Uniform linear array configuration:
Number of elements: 32
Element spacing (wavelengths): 1
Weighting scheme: exponential
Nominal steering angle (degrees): -60
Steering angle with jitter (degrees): -58.888
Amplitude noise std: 0.05
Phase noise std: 0.05

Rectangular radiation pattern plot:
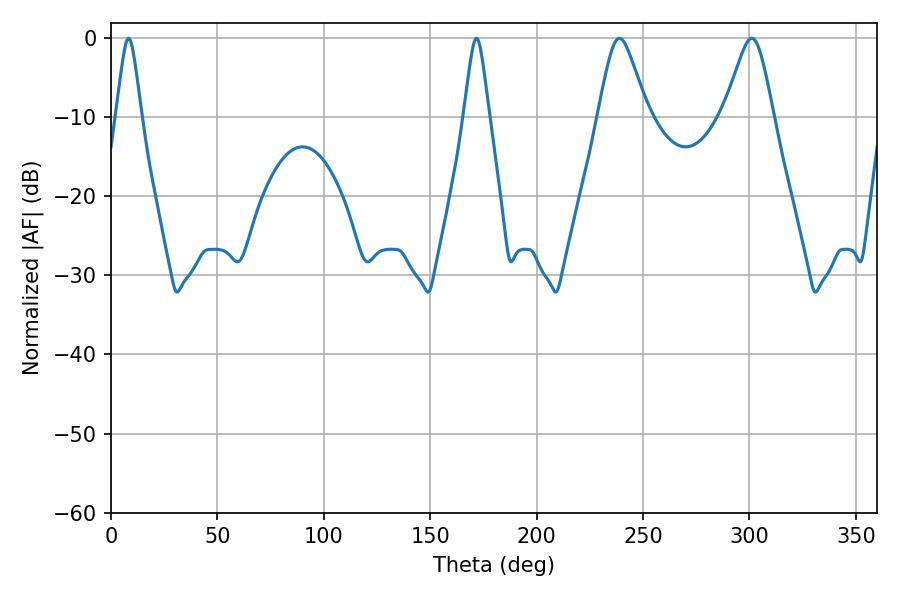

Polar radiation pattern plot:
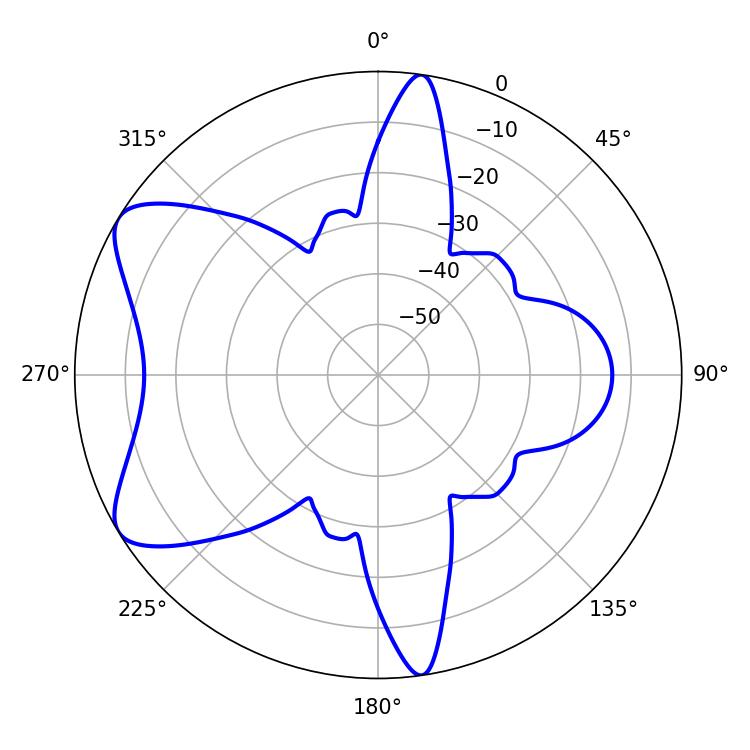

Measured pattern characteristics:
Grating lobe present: TRUE
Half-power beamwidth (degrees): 5.76
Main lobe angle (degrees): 8.28